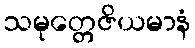
သမုတ္တေဇိယမာနံ